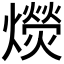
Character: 𰟭